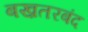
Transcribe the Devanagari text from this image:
बख़तरबंद